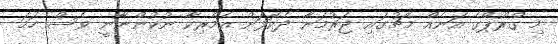
މި ގްރޫޕްގެ އަނެއް މެޗުގައި ޖަރުމަނާ ދެކޮޅަށް އެމެރިކާ ނުކުންނާނީ ވެސް ހަމަ